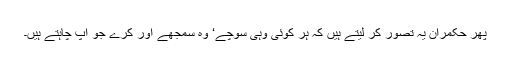
پھر حکمران یہ تصور کر لیتے ہیں کہ ہر کوئی وہی سوچے‘ وہ سمجھے اور کرے جو آپ چاہتے ہیں۔